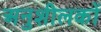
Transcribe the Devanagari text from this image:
अनुशीलकों